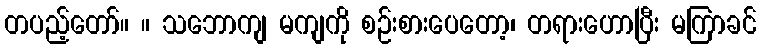
တပည့်တော်။ ။ သဘောကျ မကျကို စဉ်းစားပေတော့၊ တရားဟောပြီး မကြာခင်